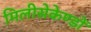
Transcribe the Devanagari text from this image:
मिलीसेकेण्डों